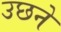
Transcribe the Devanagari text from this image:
उछने